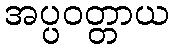
အပ္ပဝတ္တာယ